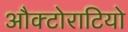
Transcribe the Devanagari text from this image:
औक्टोराटियो